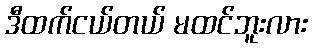
ဒီထက်ငယ်တယ် မထင်ဘူးလား